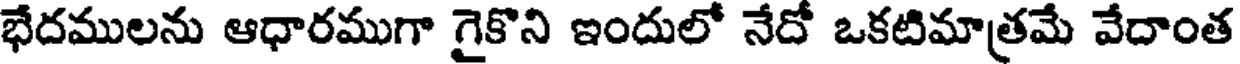
భేదములను ఆధారముగా గైకొని ఇందులో నేదో ఒకటిమాత్రమే వేదాంత